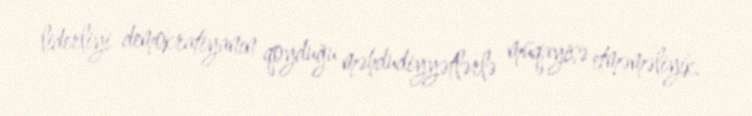
liderliyi demokratiyanın qoyduğu məhdudiyyətlərlə müqayisə etməməliyik.